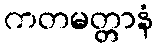
ကတမတ္တာနံ